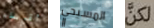
أقرباء المسيحي لكن